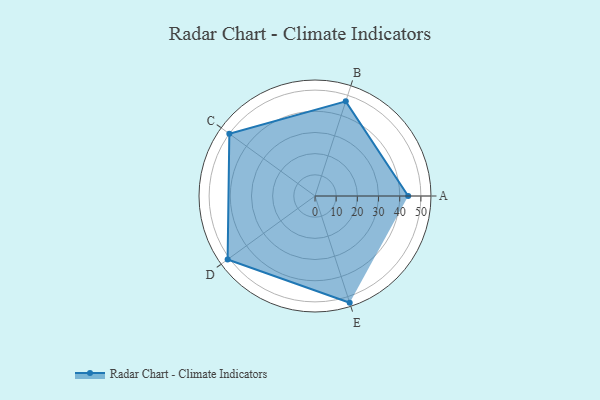
{"axis": {"x": "Skill", "y": "Score"}, "legend": ["Profile"], "data": [{"x": "A", "y": 44.0, "type": "Profile"}, {"x": "B", "y": 47.0, "type": "Profile"}, {"x": "C", "y": 50.0, "type": "Profile"}, {"x": "D", "y": 51.0, "type": "Profile"}, {"x": "E", "y": 53.0, "type": "Profile"}]}